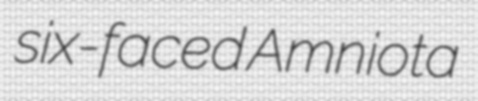
six-faced Amniota